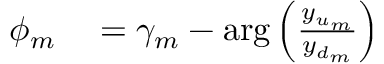
\begin{array} { r l } { \phi _ { m } } & { { } = \gamma _ { m } - \arg \left( \frac { y _ { u _ { m } } } { y _ { d _ { m } } } \right) } \end{array}